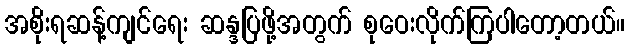
အစိုးရဆန့်ကျင်ရေး ဆန္ဒပြဖို့အတွက် စုဝေးလိုက်ကြပါတော့တယ်။